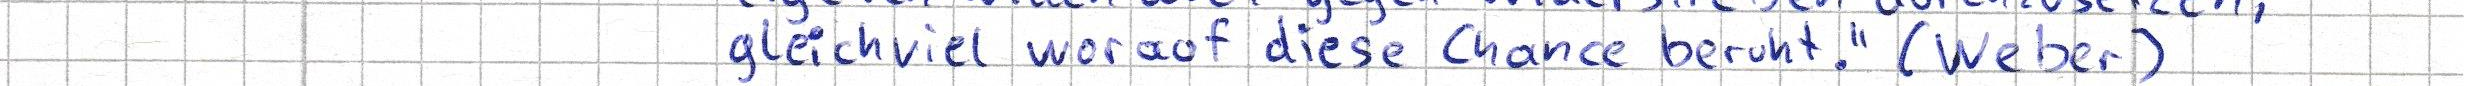
gleichviel worauf diese Chance beruht." (Weber)